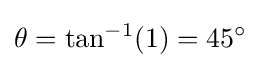
\theta =\tan ^{-1}(1)=45^{\circ }\;